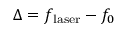
\Delta = f _ { \mathrm { l a s e r } } - f _ { 0 }